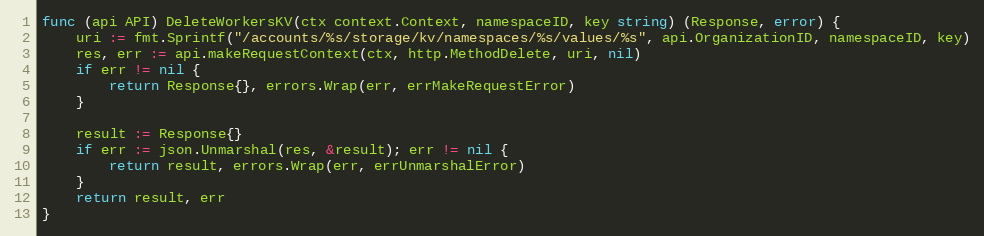
Language: Go
func (api API) DeleteWorkersKV(ctx context.Context, namespaceID, key string) (Response, error) {
	uri := fmt.Sprintf("/accounts/%s/storage/kv/namespaces/%s/values/%s", api.OrganizationID, namespaceID, key)
	res, err := api.makeRequestContext(ctx, http.MethodDelete, uri, nil)
	if err != nil {
		return Response{}, errors.Wrap(err, errMakeRequestError)
	}

	result := Response{}
	if err := json.Unmarshal(res, &result); err != nil {
		return result, errors.Wrap(err, errUnmarshalError)
	}
	return result, err
}